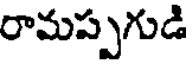
రామప్పగుడి